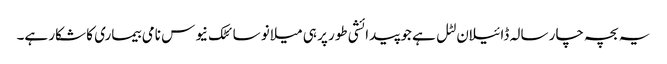
یہ بچہ چار سالہ ڈائیلان لٹل ہے جو پیدائشی طور پر ہی میلانو سائٹک نیوس نامی بیماری کا شکار ہے۔